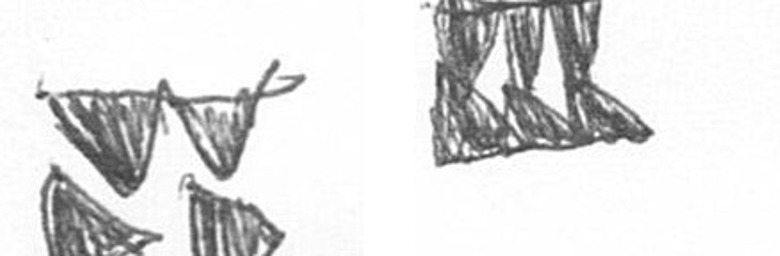
B D